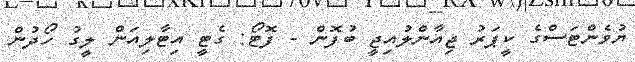
ޔުވެންޓަސްގެ ކީޕަރު ޖިއާންލުއިޖީ ބުފޮން - ފޮޓޯ: ގެޓީ އިޓާލިއަން ލީގު ހޯދުން